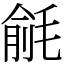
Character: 毹